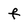
Character: f